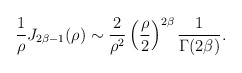
\begin{align*}{1\over \rho} J_{2\beta-1}(\rho)\sim {2\over \rho^2}\left({\rho\over 2}\right)^{2\beta} {1\over \Gamma(2\beta)}.\end{align*}